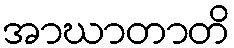
အာဃာတာတိ